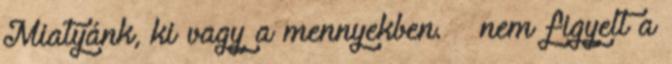
Miatyánk, ki vagy a mennyekben. – nem figyelt a